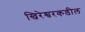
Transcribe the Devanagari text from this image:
खिरेश्वरकडील